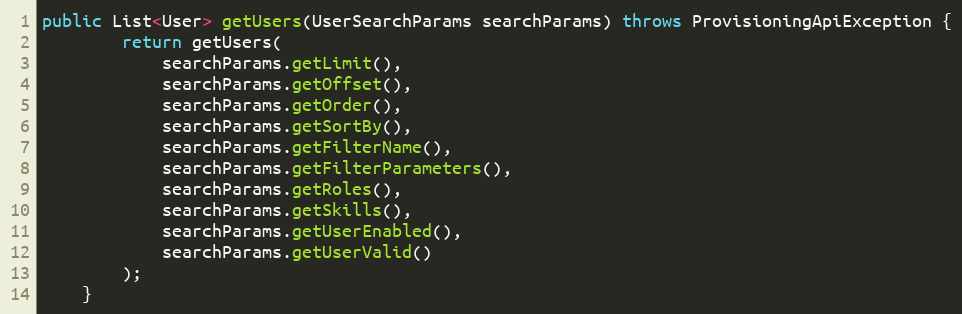
Language: Java
public List<User> getUsers(UserSearchParams searchParams) throws ProvisioningApiException {
		return getUsers(
			searchParams.getLimit(),
			searchParams.getOffset(),
			searchParams.getOrder(),
			searchParams.getSortBy(),
			searchParams.getFilterName(),
			searchParams.getFilterParameters(),
			searchParams.getRoles(),
			searchParams.getSkills(),
			searchParams.getUserEnabled(),
			searchParams.getUserValid()
		);
	}